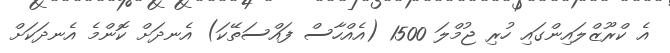
އެ ކްރޫޒްލައިންގައި ހުރި ޖުމްލަ 1500 (އެއްހާސް ފައްސަތޭކަ) އެނދަށް ކޮންމެ އެނދަކަށް